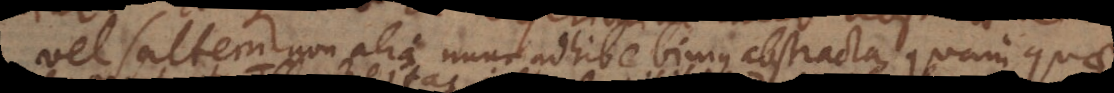
vel saltem non alia nunc adhibebimus abstracta, quam quae